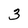
Character: 3